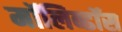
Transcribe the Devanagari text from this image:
मॉलिब्डॉस